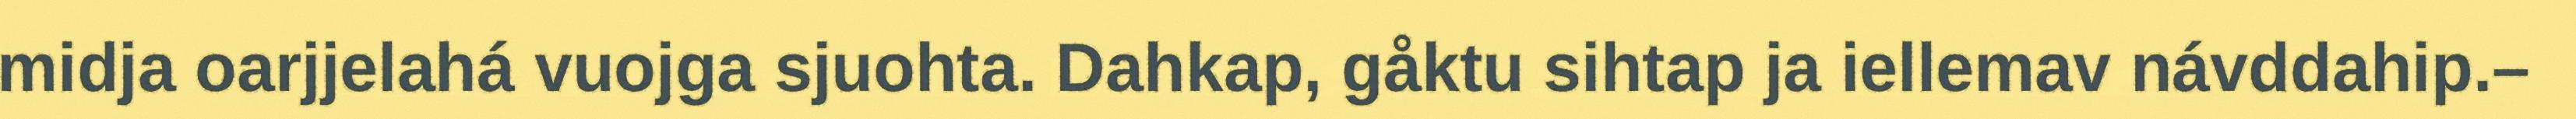
midja oarjjelahá vuojga sjuohta. Dahkap, gåktu sihtap ja iellemav návddahip.–